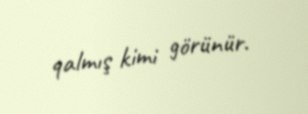
qalmış kimi görünür.